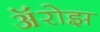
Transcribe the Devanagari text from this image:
ॲरोझ